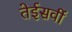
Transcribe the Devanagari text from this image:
तेईसवीं